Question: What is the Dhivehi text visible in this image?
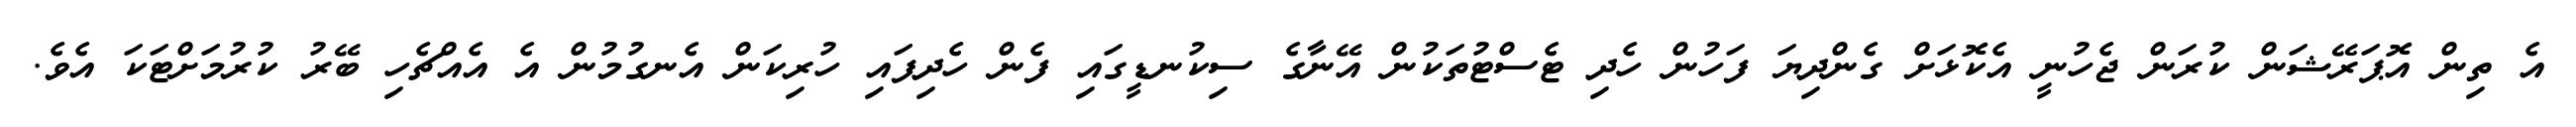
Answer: އެ ތިން އޮޕަރޭޝަން ކުރަން ޖެހުނީ އެކޮޅަށް ގެންދިޔަ ފަހުން ހެދި ޓެސްޓުތަކުން އޭނާގެ ސިކުނޑީގައި ފެން ހެދިފައި ހުރިކަން އެނގުމުން އެ އެއްޗެހި ބޭރު ކުރުމަށްޓަކަ އެވެ.